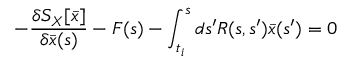
- { \frac { \delta S _ { X } [ \bar { x } ] } { \delta \bar { x } ( s ) } } - F ( s ) - \int _ { t _ { i } } ^ { s } d s ^ { \prime } R ( s , s ^ { \prime } ) \bar { x } ( s ^ { \prime } ) = 0